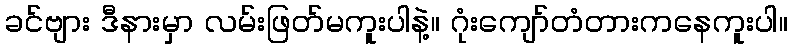
ခင်ဗျား ဒီနားမှာ လမ်းဖြတ်မကူးပါနဲ့။ ဂုံးကျော်တံတားကနေကူးပါ။